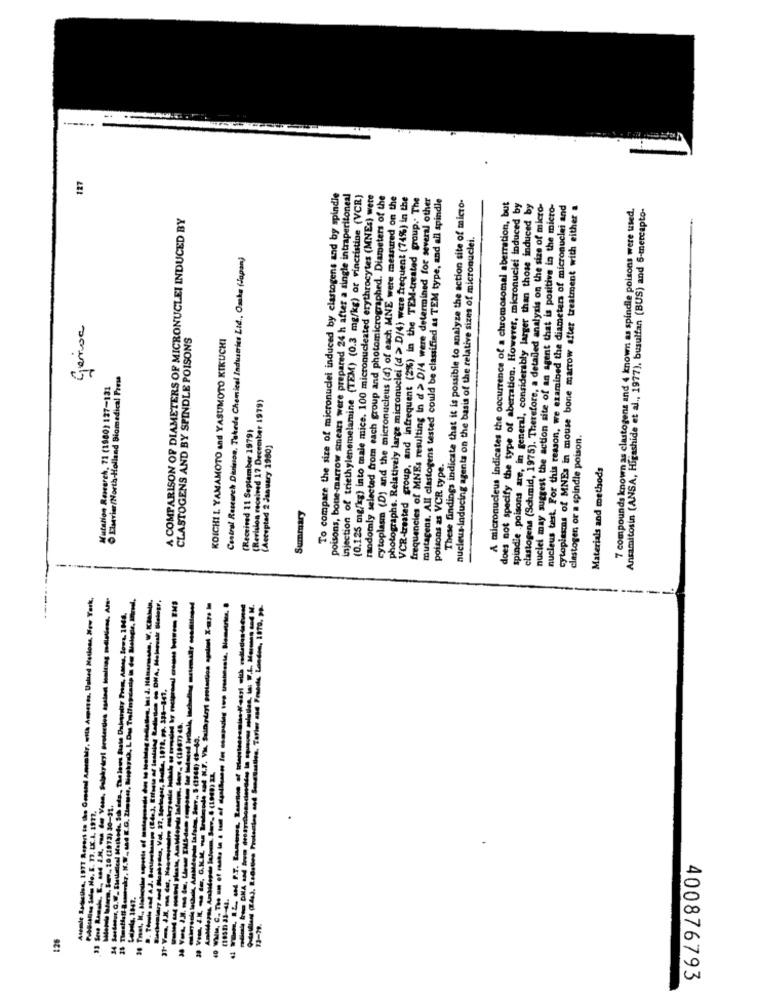
127
To compare the size of micronuclei induced by clastogens and by spindle
poisons, bone-marrow smears were prepared 24 h after a single intraperitoneal
injection of triethylenemelamine (TEM) (0.3 mg/kg) or vincristine (VCR)
(0.125 mg/kg) into male mice. 100 micronucleated erythrocytes (MNEs) were
randomly selected from each group and photomicrographed. Diameters of the
cytoplasm (D) and the micronucleus (d) of each MNE were measured on the
photographs. Relatively large micronuclei (d > D/4) were frequent (74%) in the
VCR-treated group, and infrequent (2%) in the TEM-treated group. The
frequencies of MNEs resulting in d > D/4 were determined for several other
mutagens. All clastogens tested could be classified as TEM type, and all spindle
These findings indicate that it is possible to analyze the action site of micro-
A micronucleus indicates the occurrence of a chromosomal aberration, but
does not specify the type of aberration. However, micronuclei induced by
spindle . poisons are, in general, considerably larger than those induced by
clastogens (Schmid, 1975). Therefore, a detailed analysis on the size of micro-
nuciei may suggest the action site of an agent that is positive in the micro-
nucleus test. For this reason, we examined the diameters of micronuclei and
cytoplasms of MNEs in mouse bone marrow after treatment with either a
7 compounds known as clastogens and 4 known as spindle poisons were used.
Ansamitosin (ANSA, Higashide et al ., 1977), busulfan (BUS) and 6-mercapto-
A COMPARISON OF DIAMETERS OF MICRONUCLEI INDUCED BY
nucleus-inducing agents on the basis of the relative sizes of micronuclei.
Central Research Darinon, Takede Chemical Industries Ltd ., Osaka (Japan)
Genoa
CLASTOGENS AND BY SPINDLE POISONS
KOICHI L. YAMAMOTO and YASUMOTO KIKUCHI
Elsevier/North-Holland Biomedical Press
Mutation Research, 71 (1980) 127-121
(Revision received 17 December 1979)
(Received 11 September 1979)
clastogen or a spindle poison.
(Acceptad 2 January 1980)
poisons as VCR type.
Materials and methods
Summary
8, 1977 Report to the Gossmel Amember, etla Amperes, United Nations, New York,
VOL. 37. Dertages
$=v. 29 (1973) 30-31.
Asemle L
128
31-
400876793